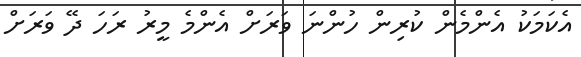
އެކަމަކު އެންމެން ކުރިން ހުންނަ ވަރަށް އެންމެ މީރު ރަހަ ދޭ ވަރަށް